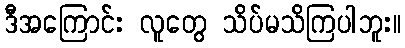
ဒီအကြောင်း လူတွေ သိပ်မသိကြပါဘူး။